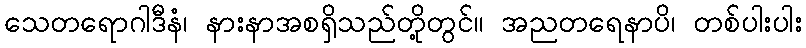
သေတရောဂါဒီနံ၊ နားနာအစရှိသည်တို့တွင်။ အညတရေနာပိ၊ တစ်ပါးပါး